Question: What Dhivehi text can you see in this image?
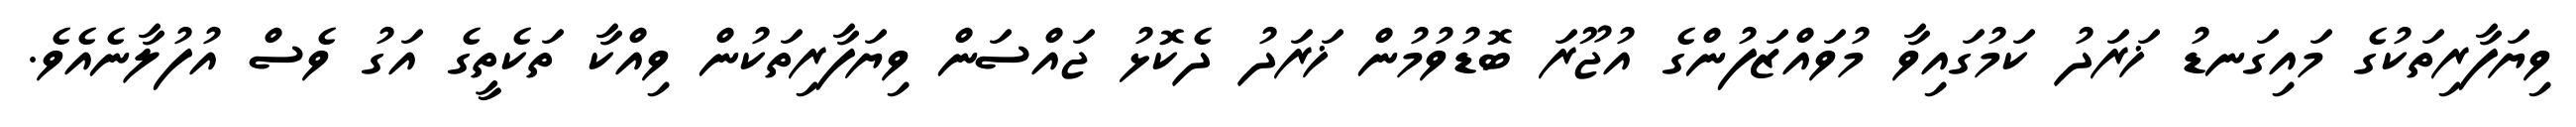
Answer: ވިޔަފާރިތަކުގެ މައިގަނޑު ޚަރަދު ކަމުގައިވާ މުވައްޒަފުންގެ އުޖޫރަ ބޮޑުވުމުން ޚަރަދު ދެކޮޅު ޖައްސަން ވިޔަފާރިތަކުން ވިއްކާ ތަކެތީގެ އަގު ވެސް އުފުލާނެއެވެ.